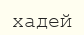
хадей